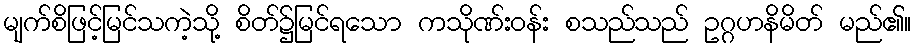
မျက်စိဖြင့်မြင်သကဲ့သို့ စိတ်၌မြင်ရသော ကသိုဏ်းဝန်း စသည်သည် ဥဂ္ဂဟနိမိတ် မည်၏။